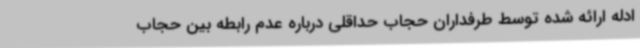
ادله ارائه شده توسط طرفداران حجاب حداقلی درباره عدم رابطه بین حجاب